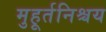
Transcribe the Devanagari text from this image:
मुहूर्तनिश्चय